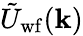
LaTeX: \tilde{U}_{\mathrm{wf}}(\mathbf{k})